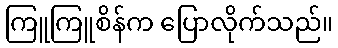
ကြူကြူစိန်က ပြောလိုက်သည်။